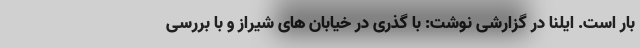
بار است. ایلنا در گزارشی نوشت: با گذری در خیابان های شیراز و با بررسی